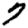
Digit: 7